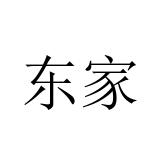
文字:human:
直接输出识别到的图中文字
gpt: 东家